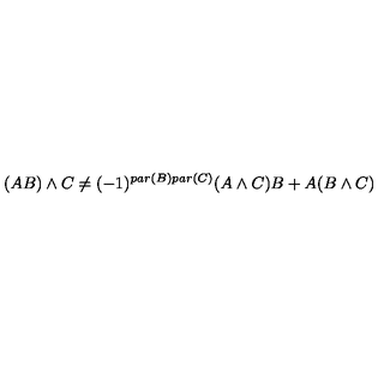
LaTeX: ( A B ) \wedge C \neq ( - 1 ) ^ { p a r ( B ) p a r ( C ) } ( A \wedge C ) B + A ( B \wedge C )